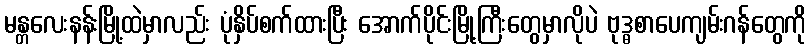
မန္တလေးနန်းမြို့ထဲမှာလည်း ပုံနှိပ်စက်ထားပြီး အောက်ပိုင်းမြို့ကြီးတွေမှာလိုပဲ ဗုဒ္ဓစာပေကျမ်းဂန်တွေကို